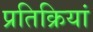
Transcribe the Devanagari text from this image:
प्रतिक्रियां